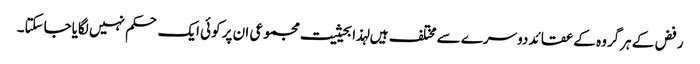
رفض کے ہرگروہ کے عقائد دوسرے سے مختلف ہیں لہذا بحیثیت مجموعی ان پر کوئی ایک حکم نہیں لگایاجاسکتا۔